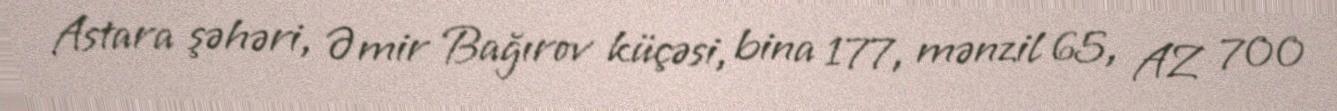
Astara şəhəri, Əmir Bağırov küçəsi, bina 177, mənzil 65, AZ 700